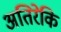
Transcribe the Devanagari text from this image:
अतिरेकि